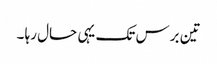
تین برس تک یہی حال رہا ۔